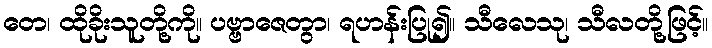
တေ၊ ထိုခိုးသူတို့ကို။ ပဗ္ဗာဇေတွာ၊ ရဟန်းပြု၍။ သီလေသု၊ သီလတို့ဖြင့်။